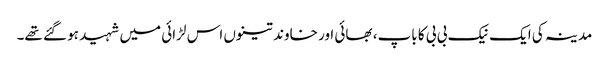
مدینہ کی ایک نیک بی بی کا باپ، بھائی اور خاوند تینوں اس لڑائی میں شہید ہو گئے تھے۔